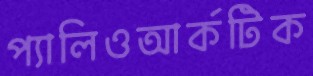
প্যালিওআর্কটিক